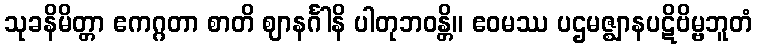
သုခနိမိတ္တာ ဧကဂ္ဂတာ စာတိ ဈာနင်္ဂါနိ ပါတုဘဝန္တိ။ ဧဝမဿ ပဌမဇ္ဈာနပဋိဗိမ္ဗဘူတံ